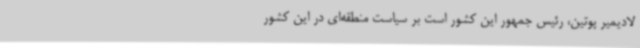
لادیمیر پوتین، رئیس جمهور این کشور است بر سیاست منطقه‌ای در این کشور